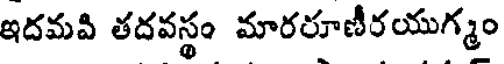
ఇదమవి తదవస్థం మారరూణీరయుగ్మం